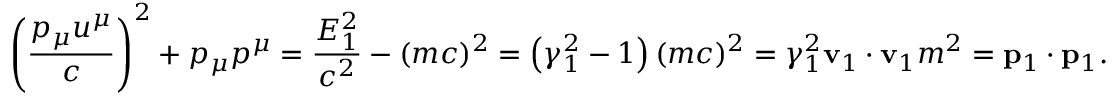
\left( { \frac { p _ { \mu } u ^ { \mu } } { c } } \right) ^ { 2 } + p _ { \mu } p ^ { \mu } = { \frac { E _ { 1 } ^ { 2 } } { c ^ { 2 } } } - ( m c ) ^ { 2 } = \left( \gamma _ { 1 } ^ { 2 } - 1 \right) ( m c ) ^ { 2 } = \gamma _ { 1 } ^ { 2 } { \mathbf { v } _ { 1 } \cdot \mathbf { v } _ { 1 } } m ^ { 2 } = \mathbf { p } _ { 1 } \cdot \mathbf { p } _ { 1 } .